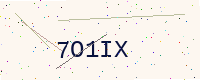
Text: 7O1IX